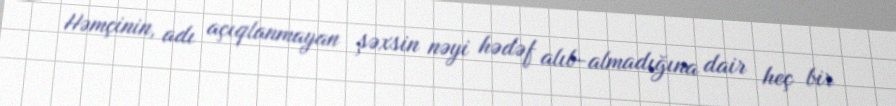
Həmçinin, adı açıqlanmayan şəxsin nəyi hədəf alıb-almadığına dair heç bir